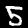
Digit: 5